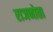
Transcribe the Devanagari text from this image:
राजनोता